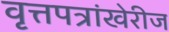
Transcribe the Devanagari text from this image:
वृत्तपत्रांखेरीज